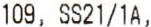
109, SS21/1A,